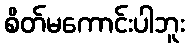
စိတ်မကောင်းပါဘူး